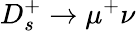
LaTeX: D_{s}^{+}\to\mu^{+}\nu